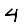
Digit: 4